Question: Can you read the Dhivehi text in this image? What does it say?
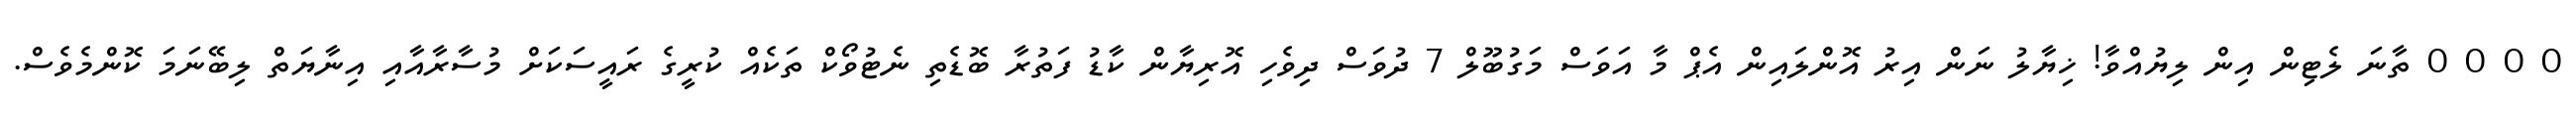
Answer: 0 0 0 0 ތާނަ ލެޓިން އިން ލިޔުއްވާ! ޚިޔާލު ނަން އިރު އޮންލައިން އެޕް މާ އަވަސް މަގުބޫލް 7 ދުވަސް ދިވެހި އޮރިޔާން ކާޑު ފަތުރާ ބޮޑެތި ނެޓުވޯކް ތަކެއް ކުރީގެ ރައީސަކަށް މުސާރާއާއި އިނާޔަތް ލިބޭނަމަ ކޮންމެވެސް.